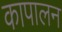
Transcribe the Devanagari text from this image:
कापालन